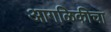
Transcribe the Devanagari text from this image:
आगळिकीचा